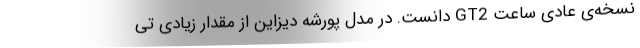
نسخه‌ی عادی ساعت GT2 دانست. در مدل پورشه دیزاین از مقدار زیادی تی